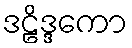
ဒဠိဒ္ဒကော